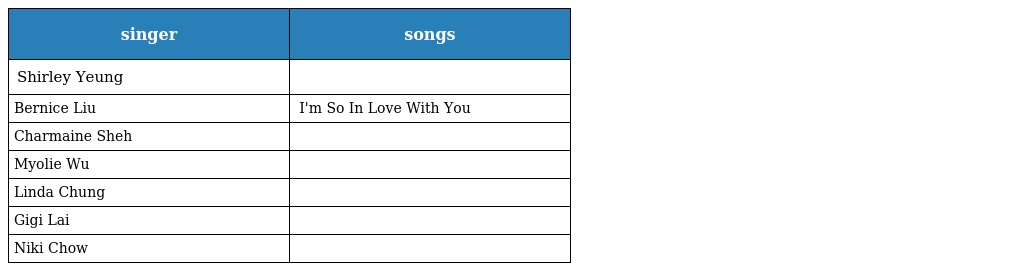
| singer | songs |
 | --- | --- |
 | Shirley Yeung | 只需與你 |
 | Bernice Liu | 還用在意嗎 I'm So In Love With You |
 | Charmaine Sheh | 蝶變 |
 | Myolie Wu | 家規 嫁衣裳 |
 | Linda Chung | 心心相印 心領 熊和熊貓一起去 |
 | Gigi Lai | 砒霜 鏡花 |
 | Niki Chow | 請講 |